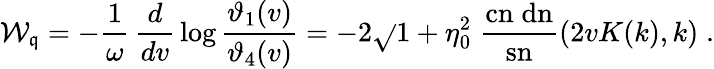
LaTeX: {\cal{W}}_{\mathfrak{q}}=-\frac{{1}}{{\omega}}\, {\frac{{d}}{{dv}}}\log{\frac{{\vartheta_{1}(v)}}{{\vartheta_{4}(v)}}}=-2\sqrt{}{{1+\eta_{0}^{2}}}\; {\frac{{\mathrm{{cn}}\; \mathrm{{dn}}}}{{\mathrm{{sn}}}}}(2vK(k),k)\; .